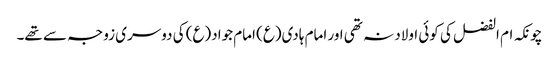
چونکہ ام الفضل کی کوئی اولاد نہ تھی اور امام ہادی(ع) امام جواد(ع) کی دوسری زوجہ سے تھے۔